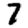
Digit: 7